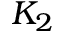
K _ { 2 }